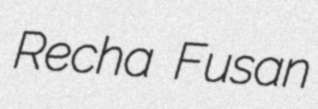
Recha Fusan